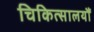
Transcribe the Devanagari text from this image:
चिकित्सालयौं